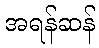
အရန်ဆန်